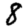
Digit: 8